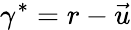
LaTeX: \gamma^{*}=r-{\vec{u}}